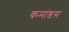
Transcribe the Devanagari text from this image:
कमांडस